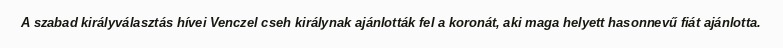
A szabad királyválasztás hívei Venczel cseh királynak ajánlották fel a koronát, aki maga helyett hasonnevű fiát ajánlotta.